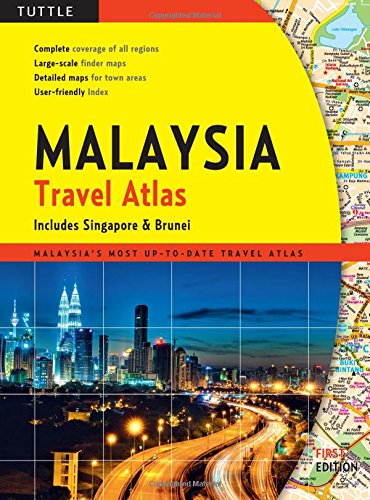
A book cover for Malaysia Travel Atlas: includes Singapore & Brunei; Travel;